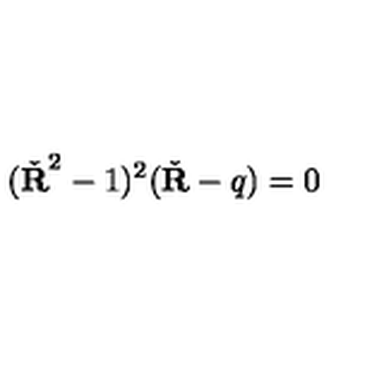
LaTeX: ( \check { \bf R } ^ { 2 } - 1 ) ^ { 2 } ( \check { \bf R } - q ) = 0